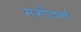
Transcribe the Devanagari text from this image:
मगोवर्न